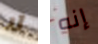
لا إنه